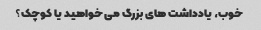
خوب، یادداشت های بزرگ می خواهید یا کوچک؟